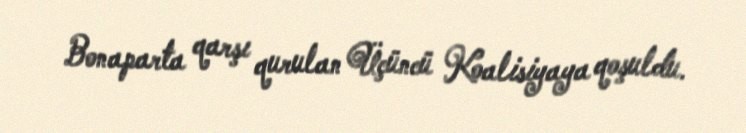
Bonaparta qarşı qurulan Üçüncü Koalisiyaya qoşuldu.